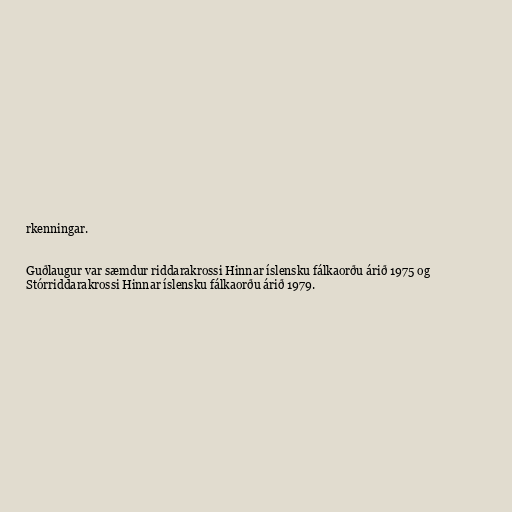
rkenningar.

Guðlaugur var sæmdur riddarakrossi Hinnar íslensku fálkaorðu árið 1975 og
Stórriddarakrossi Hinnar íslensku fálkaorðu árið 1979.